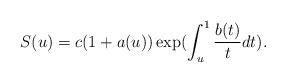
LaTeX: \begin{align*}S(u)=c(1+a(u))\exp (\int_{u}^{1}\frac{b(t)}{t}dt).\end{align*}